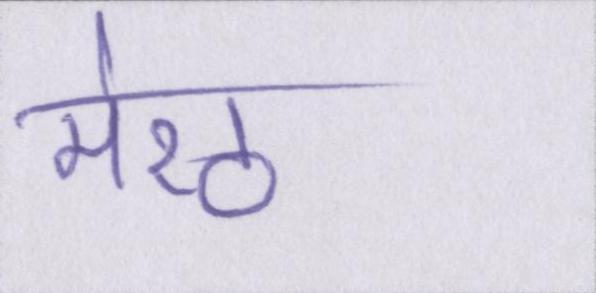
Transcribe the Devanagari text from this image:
मेरठ